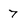
Character: 7